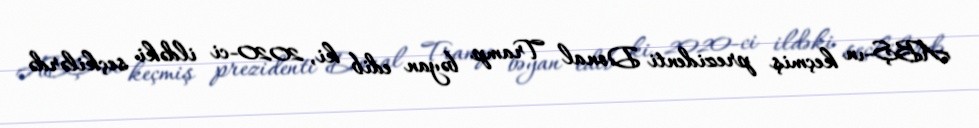
ABŞ-ın keçmiş prezidenti Donal Tramp bəyan edib ki, 2020-ci ildəki seçkilərdə